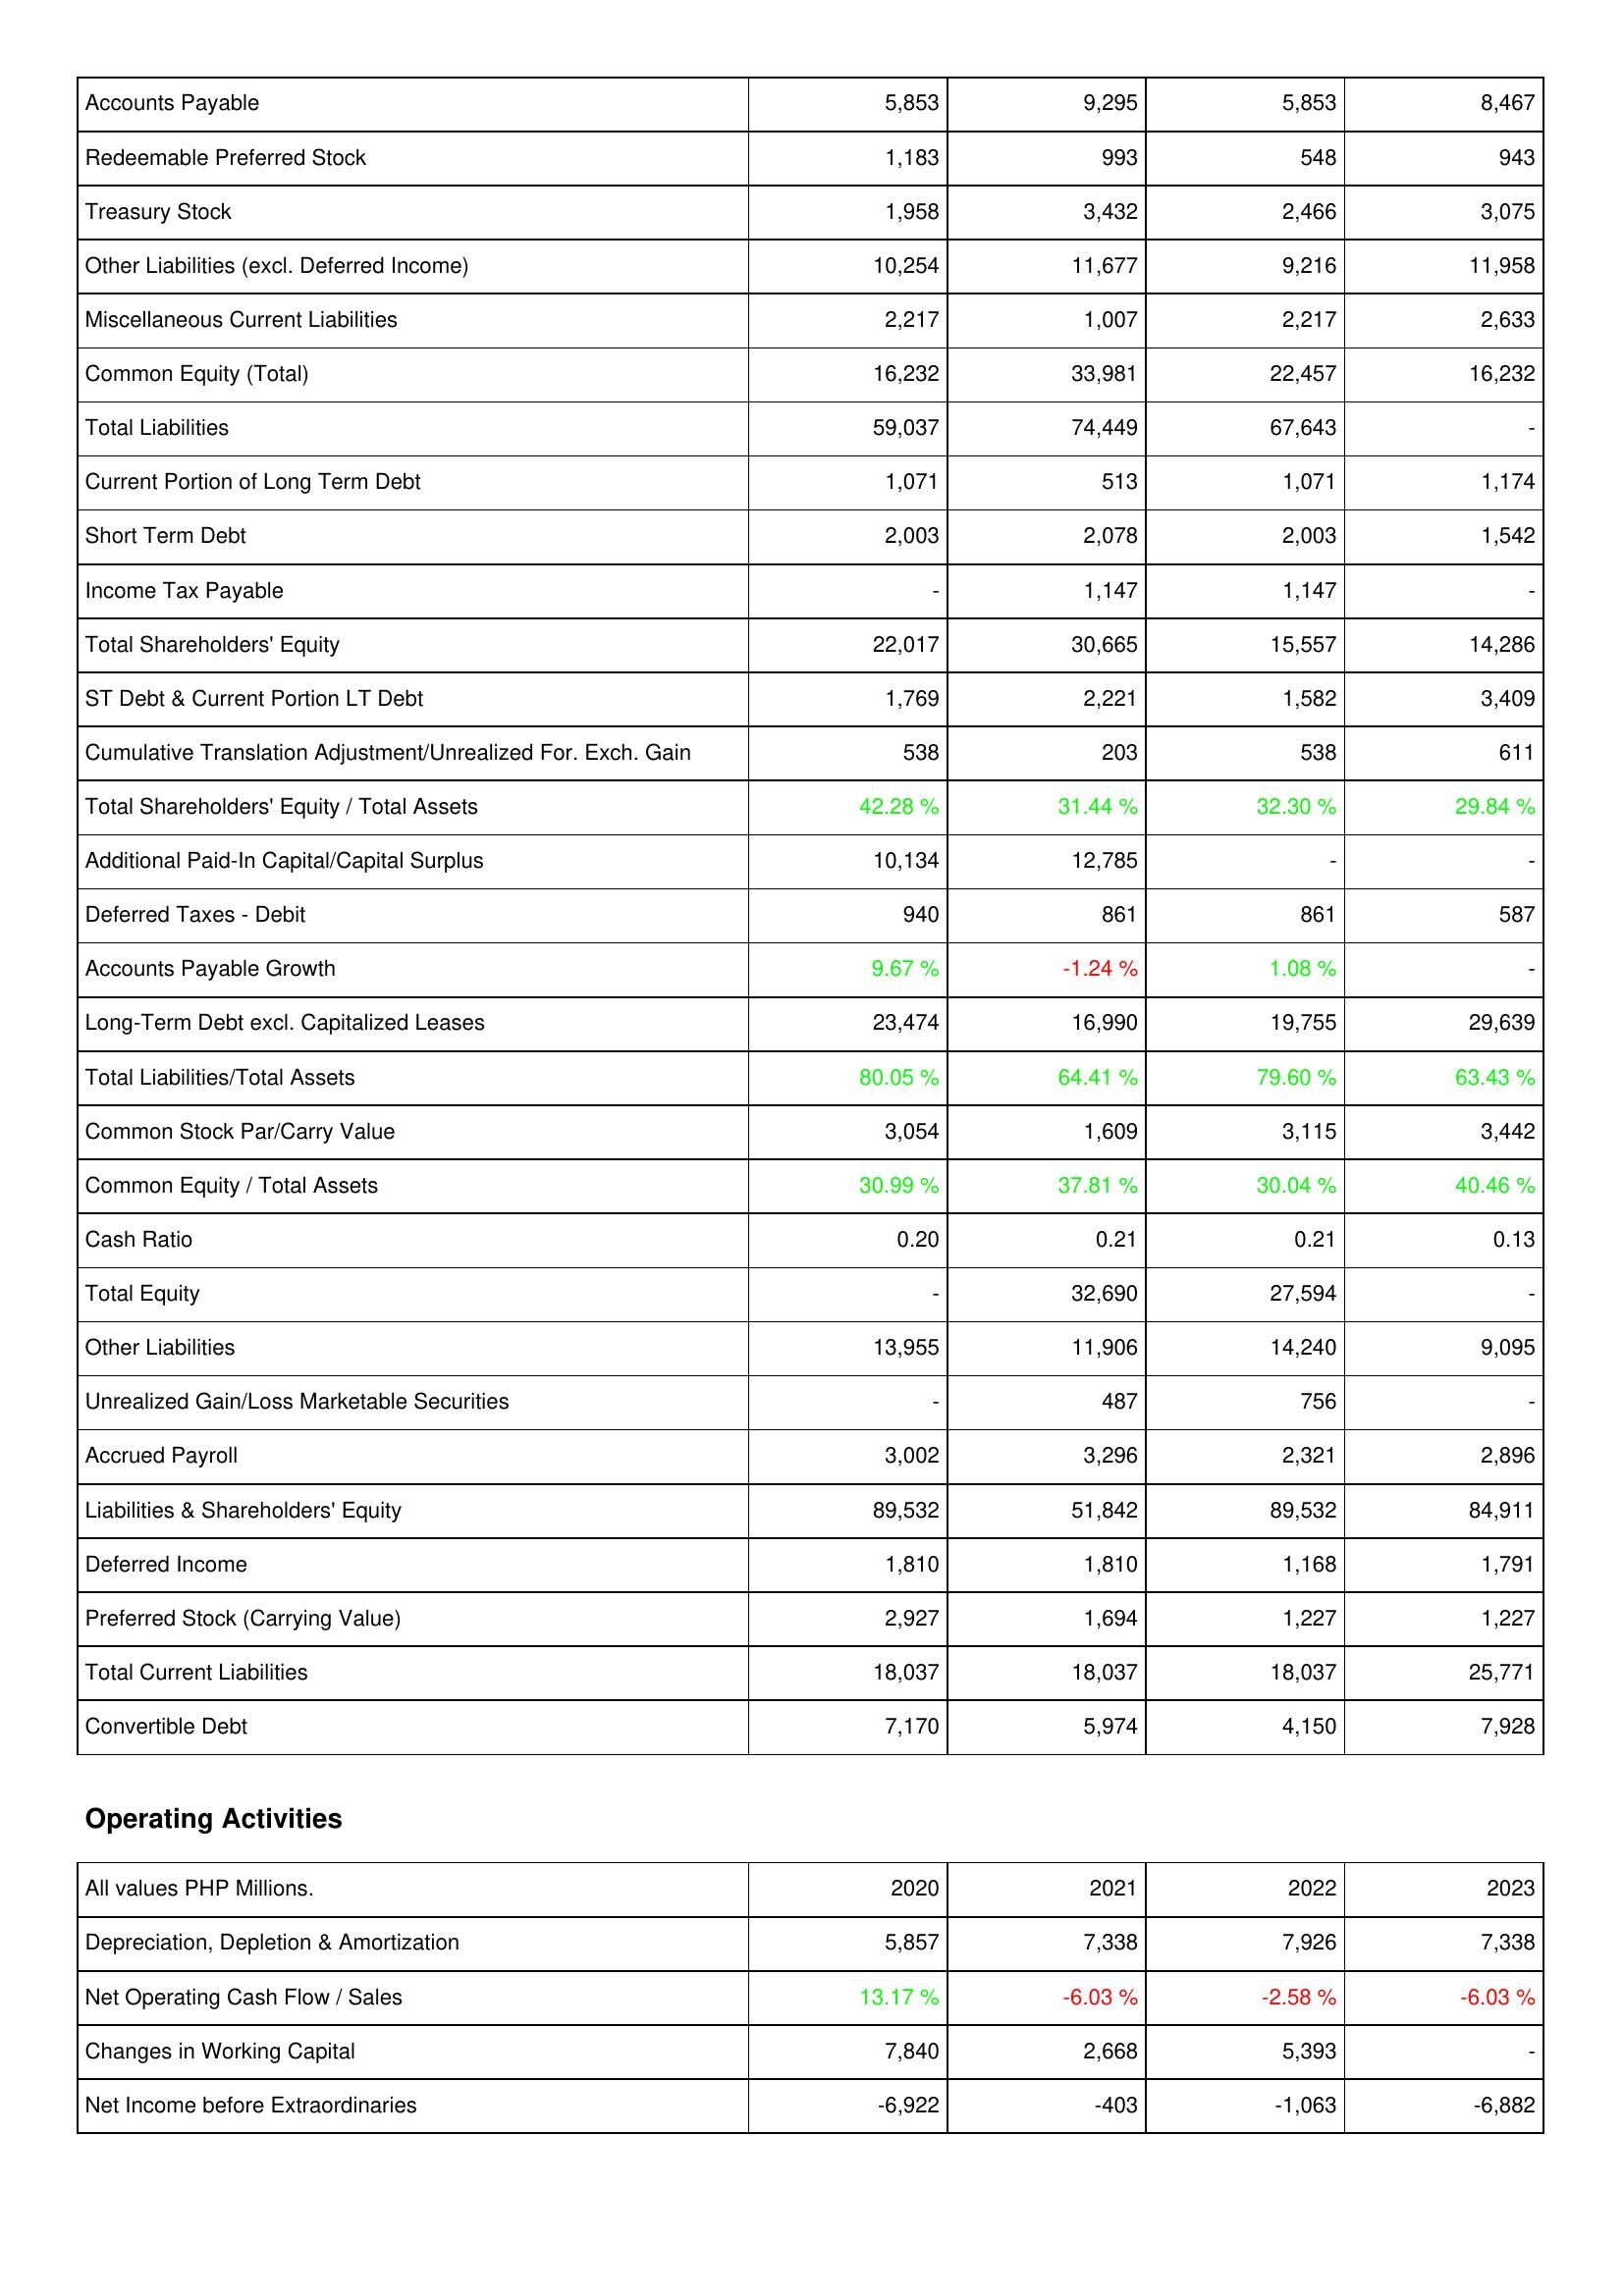
2020: Liabilities & Shareholders' Equity: Accounts Payable: 5,853
Redeemable Preferred Stock: 1,183
Treasury Stock: 1,958
Other Liabilities (excl. Deferred Income): 10,254
Miscellaneous Current Liabilities: 2,217
Common Equity (Total): 16,232
Total Liabilities: 59,037
Current Portion of Long Term Debt: 1,071
Short Term Debt: 2,003
Income Tax Payable: -
Total Shareholders' Equity: 22,017
ST Debt & Current Portion LT Debt: 1,769
Cumulative Translation Adjustment/Unrealized For. Exch. Gain: 538
Total Shareholders' Equity / Total Assets: 42.28 %
Additional Paid-In Capital/Capital Surplus: 10,134
Deferred Taxes - Debit: 940
Accounts Payable Growth: 9.67 %
Long-Term Debt excl. Capitalized Leases: 23,474
Total Liabilities/Total Assets: 80.05 %
Common Stock Par/Carry Value: 3,054
Common Equity / Total Assets: 30.99 %
Cash Ratio: 0.20
Total Equity: -
Other Liabilities: 13,955
Unrealized Gain/Loss Marketable Securities: -
Accrued Payroll: 3,002
Liabilities & Shareholders' Equity: 89,532
Deferred Income: 1,810
Preferred Stock (Carrying Value): 2,927
Total Current Liabilities: 18,037
Convertible Debt: 7,170
Operating Activities: Depreciation, Depletion & Amortization: 5,857
Net Operating Cash Flow / Sales: 13.17 %
Changes in Working Capital: 7,840
Net Income before Extraordinaries: -6,922
2021: Liabilities & Shareholders' Equity: Accounts Payable: 9,295
Redeemable Preferred Stock: 993
Treasury Stock: 3,432
Other Liabilities (excl. Deferred Income): 11,677
Miscellaneous Current Liabilities: 1,007
Common Equity (Total): 33,981
Total Liabilities: 74,449
Current Portion of Long Term Debt: 513
Short Term Debt: 2,078
Income Tax Payable: 1,147
Total Shareholders' Equity: 30,665
ST Debt & Current Portion LT Debt: 2,221
Cumulative Translation Adjustment/Unrealized For. Exch. Gain: 203
Total Shareholders' Equity / Total Assets: 31.44 %
Additional Paid-In Capital/Capital Surplus: 12,785
Deferred Taxes - Debit: 861
Accounts Payable Growth: -1.24 %
Long-Term Debt excl. Capitalized Leases: 16,990
Total Liabilities/Total Assets: 64.41 %
Common Stock Par/Carry Value: 1,609
Common Equity / Total Assets: 37.81 %
Cash Ratio: 0.21
Total Equity: 32,690
Other Liabilities: 11,906
Unrealized Gain/Loss Marketable Securities: 487
Accrued Payroll: 3,296
Liabilities & Shareholders' Equity: 51,842
Deferred Income: 1,810
Preferred Stock (Carrying Value): 1,694
Total Current Liabilities: 18,037
Convertible Debt: 5,974
Operating Activities: Depreciation, Depletion & Amortization: 7,338
Net Operating Cash Flow / Sales: -6.03 %
Changes in Working Capital: 2,668
Net Income before Extraordinaries: -403
2022: Liabilities & Shareholders' Equity: Accounts Payable: 5,853
Redeemable Preferred Stock: 548
Treasury Stock: 2,466
Other Liabilities (excl. Deferred Income): 9,216
Miscellaneous Current Liabilities: 2,217
Common Equity (Total): 22,457
Total Liabilities: 67,643
Current Portion of Long Term Debt: 1,071
Short Term Debt: 2,003
Income Tax Payable: 1,147
Total Shareholders' Equity: 15,557
ST Debt & Current Portion LT Debt: 1,582
Cumulative Translation Adjustment/Unrealized For. Exch. Gain: 538
Total Shareholders' Equity / Total Assets: 32.30 %
Additional Paid-In Capital/Capital Surplus: -
Deferred Taxes - Debit: 861
Accounts Payable Growth: 1.08 %
Long-Term Debt excl. Capitalized Leases: 19,755
Total Liabilities/Total Assets: 79.60 %
Common Stock Par/Carry Value: 3,115
Common Equity / Total Assets: 30.04 %
Cash Ratio: 0.21
Total Equity: 27,594
Other Liabilities: 14,240
Unrealized Gain/Loss Marketable Securities: 756
Accrued Payroll: 2,321
Liabilities & Shareholders' Equity: 89,532
Deferred Income: 1,168
Preferred Stock (Carrying Value): 1,227
Total Current Liabilities: 18,037
Convertible Debt: 4,150
Operating Activities: Depreciation, Depletion & Amortization: 7,926
Net Operating Cash Flow / Sales: -2.58 %
Changes in Working Capital: 5,393
Net Income before Extraordinaries: -1,063
2023: Liabilities & Shareholders' Equity: Accounts Payable: 8,467
Redeemable Preferred Stock: 943
Treasury Stock: 3,075
Other Liabilities (excl. Deferred Income): 11,958
Miscellaneous Current Liabilities: 2,633
Common Equity (Total): 16,232
Total Liabilities: -
Current Portion of Long Term Debt: 1,174
Short Term Debt: 1,542
Income Tax Payable: -
Total Shareholders' Equity: 14,286
ST Debt & Current Portion LT Debt: 3,409
Cumulative Translation Adjustment/Unrealized For. Exch. Gain: 611
Total Shareholders' Equity / Total Assets: 29.84 %
Additional Paid-In Capital/Capital Surplus: -
Deferred Taxes - Debit: 587
Accounts Payable Growth: -
Long-Term Debt excl. Capitalized Leases: 29,639
Total Liabilities/Total Assets: 63.43 %
Common Stock Par/Carry Value: 3,442
Common Equity / Total Assets: 40.46 %
Cash Ratio: 0.13
Total Equity: -
Other Liabilities: 9,095
Unrealized Gain/Loss Marketable Securities: -
Accrued Payroll: 2,896
Liabilities & Shareholders' Equity: 84,911
Deferred Income: 1,791
Preferred Stock (Carrying Value): 1,227
Total Current Liabilities: 25,771
Convertible Debt: 7,928
Operating Activities: Depreciation, Depletion & Amortization: 7,338
Net Operating Cash Flow / Sales: -6.03 %
Changes in Working Capital: -
Net Income before Extraordinaries: -6,882